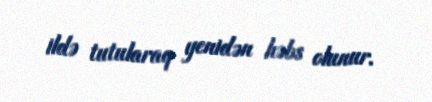
ildə tutularaq yenidən həbs olunur.